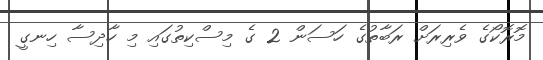
މޮރޮކޯގެ ވެރިރަށް ރަބާތުގެ ހަސަން 2 ގެ މިސްކިތުގައި މި ހާދިސާ ހިނގީ